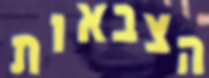
הצבאות